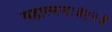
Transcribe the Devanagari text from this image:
महात्मनः॥१२॥